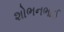
શોભનભાઈ